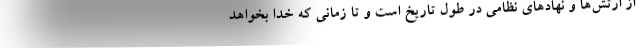
از ارتش‌ها و نهادهای نظامی در طول تاریخ است و تا زمانی که خدا بخواهد